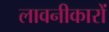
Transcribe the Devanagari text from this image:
लावनीकारों